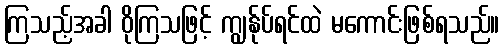
ကြသည့်အခါ ဝိုကြသဖြင့် ကျွန်ုပ်ရင်ထဲ မကောင်းဖြစ်ရသည်။